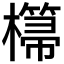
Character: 𣞂